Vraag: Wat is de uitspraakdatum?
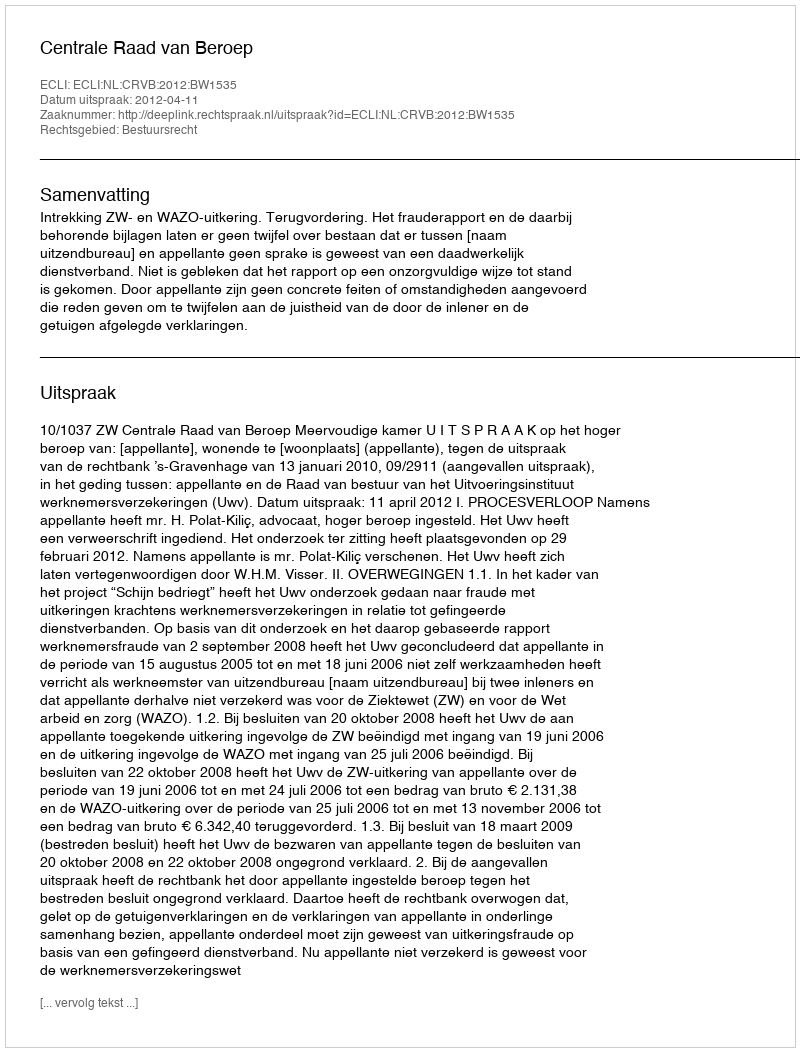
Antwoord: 2012-04-11